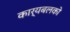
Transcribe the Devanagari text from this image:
कार्यबलको